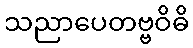
သညာပေတဗ္ဗဝိဓိ